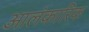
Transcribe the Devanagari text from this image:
आलंकारिक